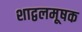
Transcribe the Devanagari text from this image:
शाद्वलमूषक